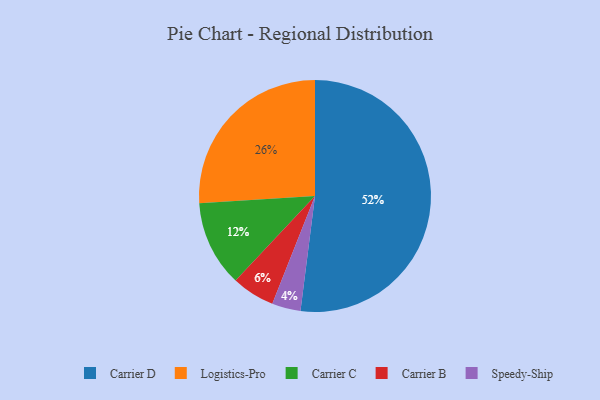
{"axis": {"x": "Category", "y": "Percentage"}, "legend": ["Carrier B", "Carrier C", "Carrier D", "Logistics-Pro", "Speedy-Ship"], "data": [{"x": "Speedy-Ship", "y": 4, "type": "Speedy-Ship"}, {"x": "Carrier C", "y": 12, "type": "Carrier C"}, {"x": "Carrier D", "y": 52, "type": "Carrier D"}, {"x": "Logistics-Pro", "y": 26, "type": "Logistics-Pro"}, {"x": "Carrier B", "y": 6, "type": "Carrier B"}]}